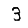
Digit: 3